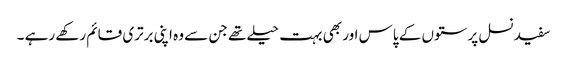
سفید نسل پرستوں کے پاس اور بھی بہت حیلے تھے جن سے وہ اپنی برتری قائم رکھے رہے ۔